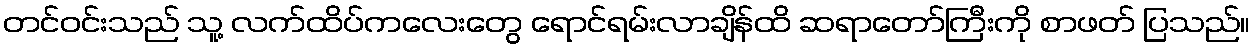
တင်ဝင်းသည် သူ့ လက်ထိပ်ကလေးတွေ ရောင်ရမ်းလာချိန်ထိ ဆရာတော်ကြီးကို စာဖတ် ပြသည်။